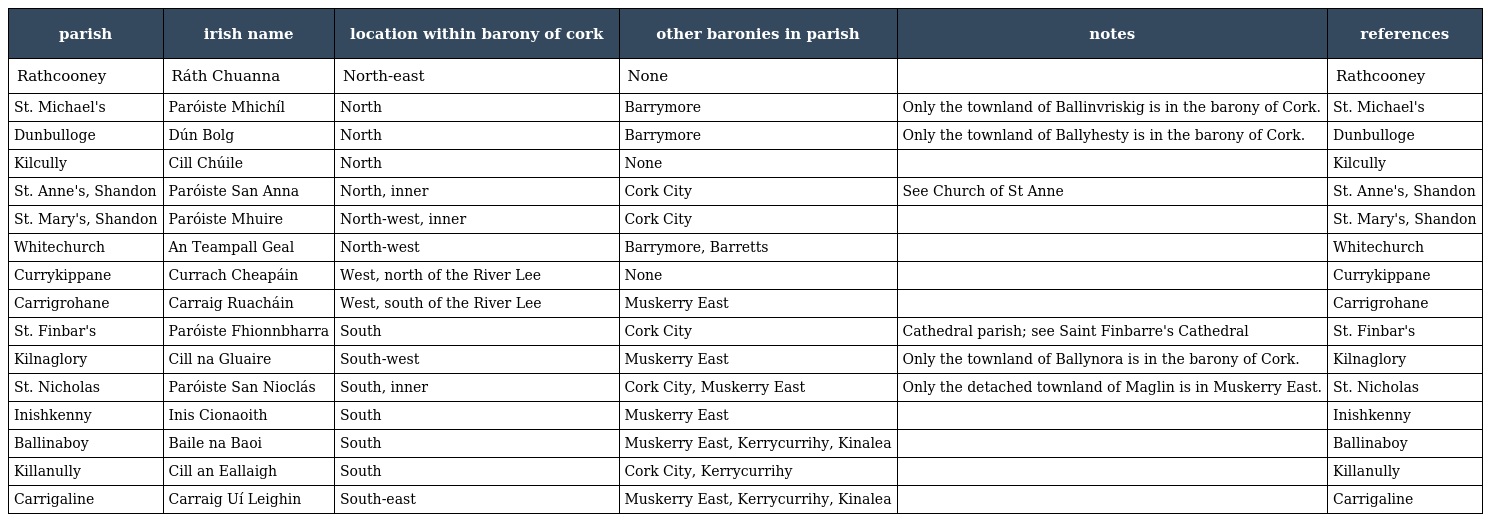
| parish | irish name | location within barony of cork | other baronies in parish | notes | references |
 | --- | --- | --- | --- | --- | --- |
 | Rathcooney | Ráth Chuanna | North-east | None |  | Rathcooney |
 | St. Michael's | Paróiste Mhichíl | North | Barrymore | Only the townland of Ballinvriskig is in the barony of Cork. | St. Michael's |
 | Dunbulloge | Dún Bolg | North | Barrymore | Only the townland of Ballyhesty is in the barony of Cork. | Dunbulloge |
 | Kilcully | Cill Chúile | North | None |  | Kilcully |
 | St. Anne's, Shandon | Paróiste San Anna | North, inner | Cork City | See Church of St Anne | St. Anne's, Shandon |
 | St. Mary's, Shandon | Paróiste Mhuire | North-west, inner | Cork City |  | St. Mary's, Shandon |
 | Whitechurch | An Teampall Geal | North-west | Barrymore, Barretts |  | Whitechurch |
 | Currykippane | Currach Cheapáin | West, north of the River Lee | None |  | Currykippane |
 | Carrigrohane | Carraig Ruacháin | West, south of the River Lee | Muskerry East |  | Carrigrohane |
 | St. Finbar's | Paróiste Fhionnbharra | South | Cork City | Cathedral parish; see Saint Finbarre's Cathedral | St. Finbar's |
 | Kilnaglory | Cill na Gluaire | South-west | Muskerry East | Only the townland of Ballynora is in the barony of Cork. | Kilnaglory |
 | St. Nicholas | Paróiste San Nioclás | South, inner | Cork City, Muskerry East | Only the detached townland of Maglin is in Muskerry East. | St. Nicholas |
 | Inishkenny | Inis Cionaoith | South | Muskerry East |  | Inishkenny |
 | Ballinaboy | Baile na Baoi | South | Muskerry East, Kerrycurrihy, Kinalea |  | Ballinaboy |
 | Killanully | Cill an Eallaigh | South | Cork City, Kerrycurrihy |  | Killanully |
 | Carrigaline | Carraig Uí Leighin | South-east | Muskerry East, Kerrycurrihy, Kinalea |  | Carrigaline |